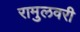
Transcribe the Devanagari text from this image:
रामुलवरी